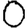
Digit: 0